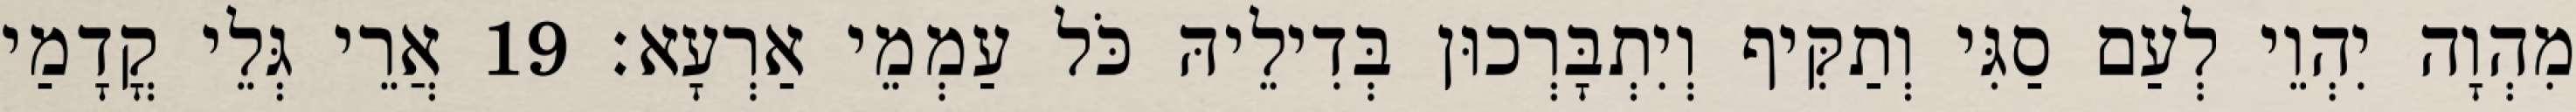
מִהְוָה יִהְוֵי לְעַם סַגִּי וְתַקִּיף וְיִתְבָּרְכוּן בְּדִילֵיהּ כֹּל עַמְמֵי אַרְעָא׃ 19 אֲרֵי גְּלֵי קֳדָמַי